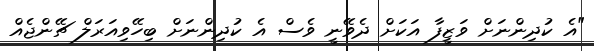
"އެ ކުދިންނަށް ވަޒީފާ އަކަށް ދެވޭނީ ވެސް އެ ކުދިންނަށް ބިހޭވިއަރަލް ޗޭންޖެއް